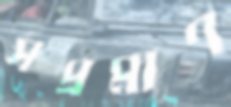
সপ্রমাণ